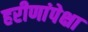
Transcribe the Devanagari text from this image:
हरीणांपेक्षा